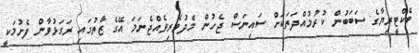
ބެކްޓީރިޔާގެ ސަބަބުން ކުރުމުއްދަތަކަށް ސައިނަސް ޖެހުން މެދުވެރިވެއްޖެނަމަ އޭގެ ޒާތުގައި ރަގަޅުވާން ފެށުމަކީ